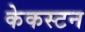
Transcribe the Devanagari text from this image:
केकस्टन